Lunatic asylums Bombay report 1891-1903 - 1891-1903
Year: 1891
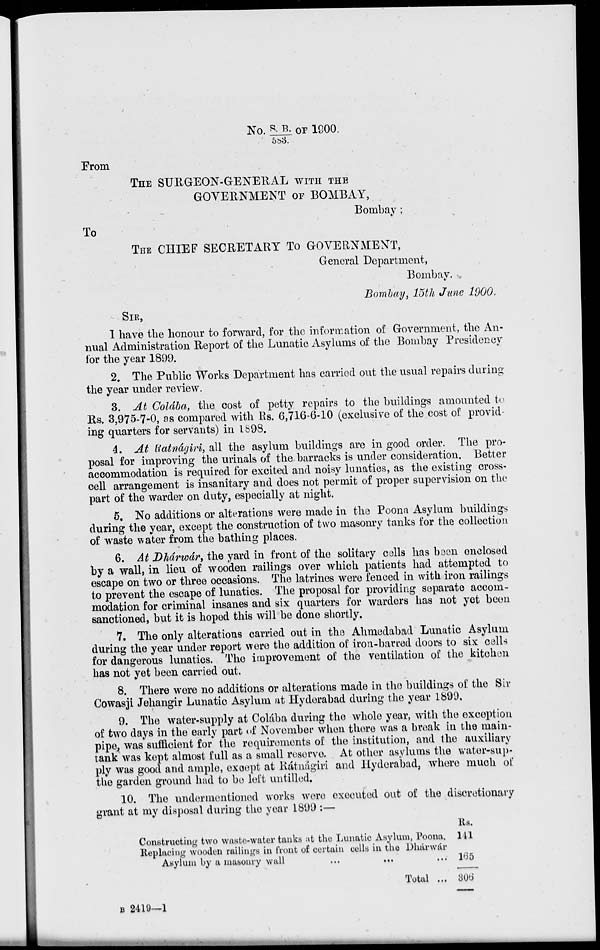
No. S. B./583 OF 1900.
From
THE SURGEON-GENERAL WITH THE
GOVERNMENT OF BOMBAY,
Bombay ;
To
THE CHIEF SECRETARY To GOVERNMENT,
General Department,
Bombay.
Bombay, 15th June 1900.
SIR,
I have the honour to forward, for the information of Government, the An-
--al Administration Report of the Lunatic Asylums of the Bombay Presidency
for the year 1899.
2. The Public Works Department has carried out the usual repairs during
the year under review.
3. At Colába, the cost of petty repairs to the buildings amounted to
Rs. 3,975-7-0, as compared with Rs. 6,716-6-10 (exclusive of the cost of provid-
ing quarters for servants) in 1898.
4. At Ratnágiri, all the asylum buildings are in good order. The pro-
posal for improving the urinals of the barracks is under consideration. Better
accommodation is required for excited and noisy lunatics, as the existing cross-
cell arrangement is insanitary and does not permit of proper supervision on the
part of the warder on duty, especially at night.
5. No additions or alterations were made in the Poona Asylum buildings
during the year, except the construction of two masonry tanks for the collection
of waste water from the bathing places.
6. At Dhárwár, the yard in front of the solitary cells has been enclosed
by a wall, in lieu of wooden railings over which patients had attempted to
escape on two or three occasions. The latrines were fenced in with iron railings
to prevent the escape of lunatics. The proposal for providing separate accom-
modation for criminal insanes and six quarters for warders has not yet been
sanctioned, but it is hoped this will be done shortly.
7. The only alterations carried out in the Ahmedabad Lunatic Asylum
during the year under report were the addition of iron-barred doors to six cells
for dangerous lunatics. The improvement of the ventilation of the kitchen
has not yet been carried out.
8. There were no additions or alterations made in the buildings of the Sir
Cowasji Jehangir Lunatic Asylum at Hyderabad during the year 1899.
9. The water-supply at Colaba during the whole year, with the exception
of two days in the early part of November when there was a break in the main-
pipe, was sufficient for the requirements of the institution, and the auxiliary
tank was kept almost full as a small reserve. At other asylums the water-sup-
ply was good and ample, except at Rátnágiri and Hyderabad, where much of
the garden ground had to be left untilled.
10. The undermentioned works were executed out of the discretionary
grant at my disposal during the year 1899 :—
Constructing two waste-water tanks at the Lunatic Asylum, Poona.
Replacing wooden railings in front of certain cells in the Dhárwár
Asylum by a masonry wall
...
...
Total ...
Rs.
141
165
306
B 2419—1